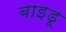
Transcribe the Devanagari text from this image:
बाइडू